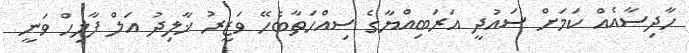
ހާދިސާއެއް ކަމަށް ސައުދީ އަރަބިއްޔާގެ ސިއްހަތާބެހޭ ވަޒީރު ޚާލިދު އަލް ފާލިހް ވަނީ